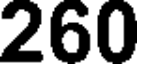
260